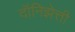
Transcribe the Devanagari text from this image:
दॉनिझेत्ती